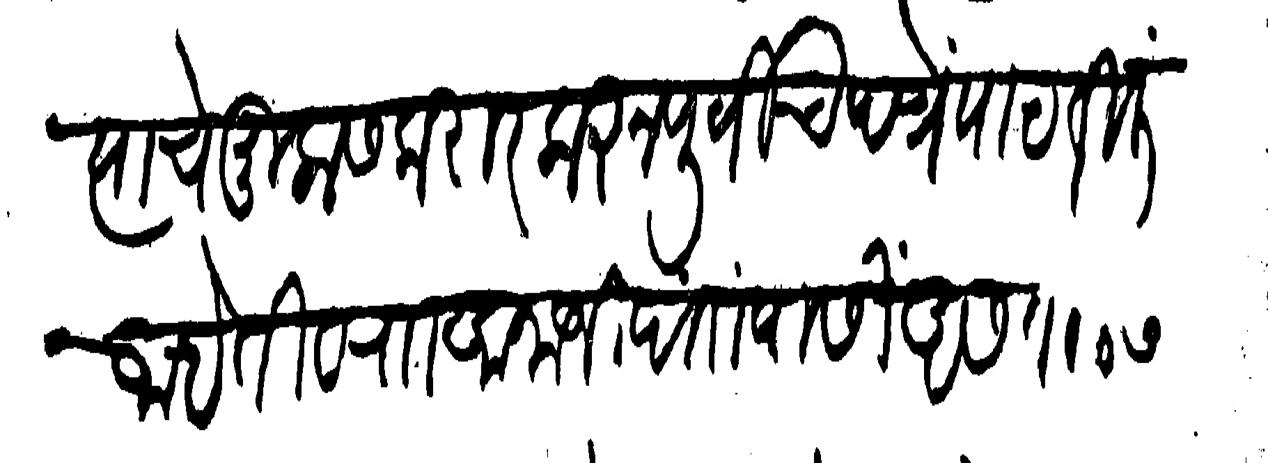
Transliteration (Devanagari): त्यांचे मुलास करार करुन पूर्वीच पत्ते पाठविली आहेती व राा आनाजी दत्तो यासी असेतो समाचार